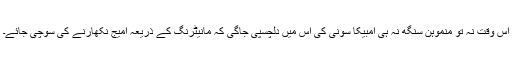
اس وقت نہ تو منموہن سنگھ نہ ہی امبیکا سونی کی اس میں دلچسپی جاگی کہ مانیٹرنگ کے ذریعہ امیج نکھارنے کی سوچی جائے۔